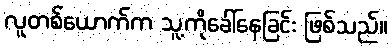
လူတစ်ယောက်က သူ့ကိုခေါ်နေခြင်း ဖြစ်သည်။